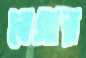
বেগার